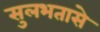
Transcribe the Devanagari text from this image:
सुलभतासे